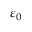
\varepsilon _ { 0 }